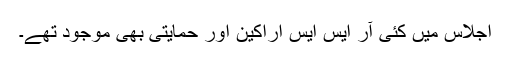
اجلاس میں کئی آر ایس ایس اراکین اور حمایتی بھی موجود تھے۔